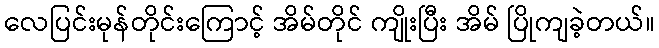
လေပြင်းမုန်တိုင်းကြောင့် အိမ်တိုင် ကျိုးပြီး အိမ် ပြိုကျခဲ့တယ်။